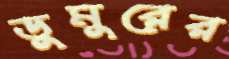
ডুমুরের